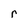
Character: r